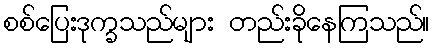
စစ်ပြေးဒုက္ခသည်များ တည်းခိုနေကြသည်။